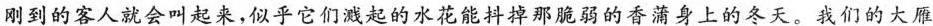
刚到的客人就会叫起来，似乎它们溅起的水花能抖掉那脆弱的香蒲身上的冬天。我们的大雁